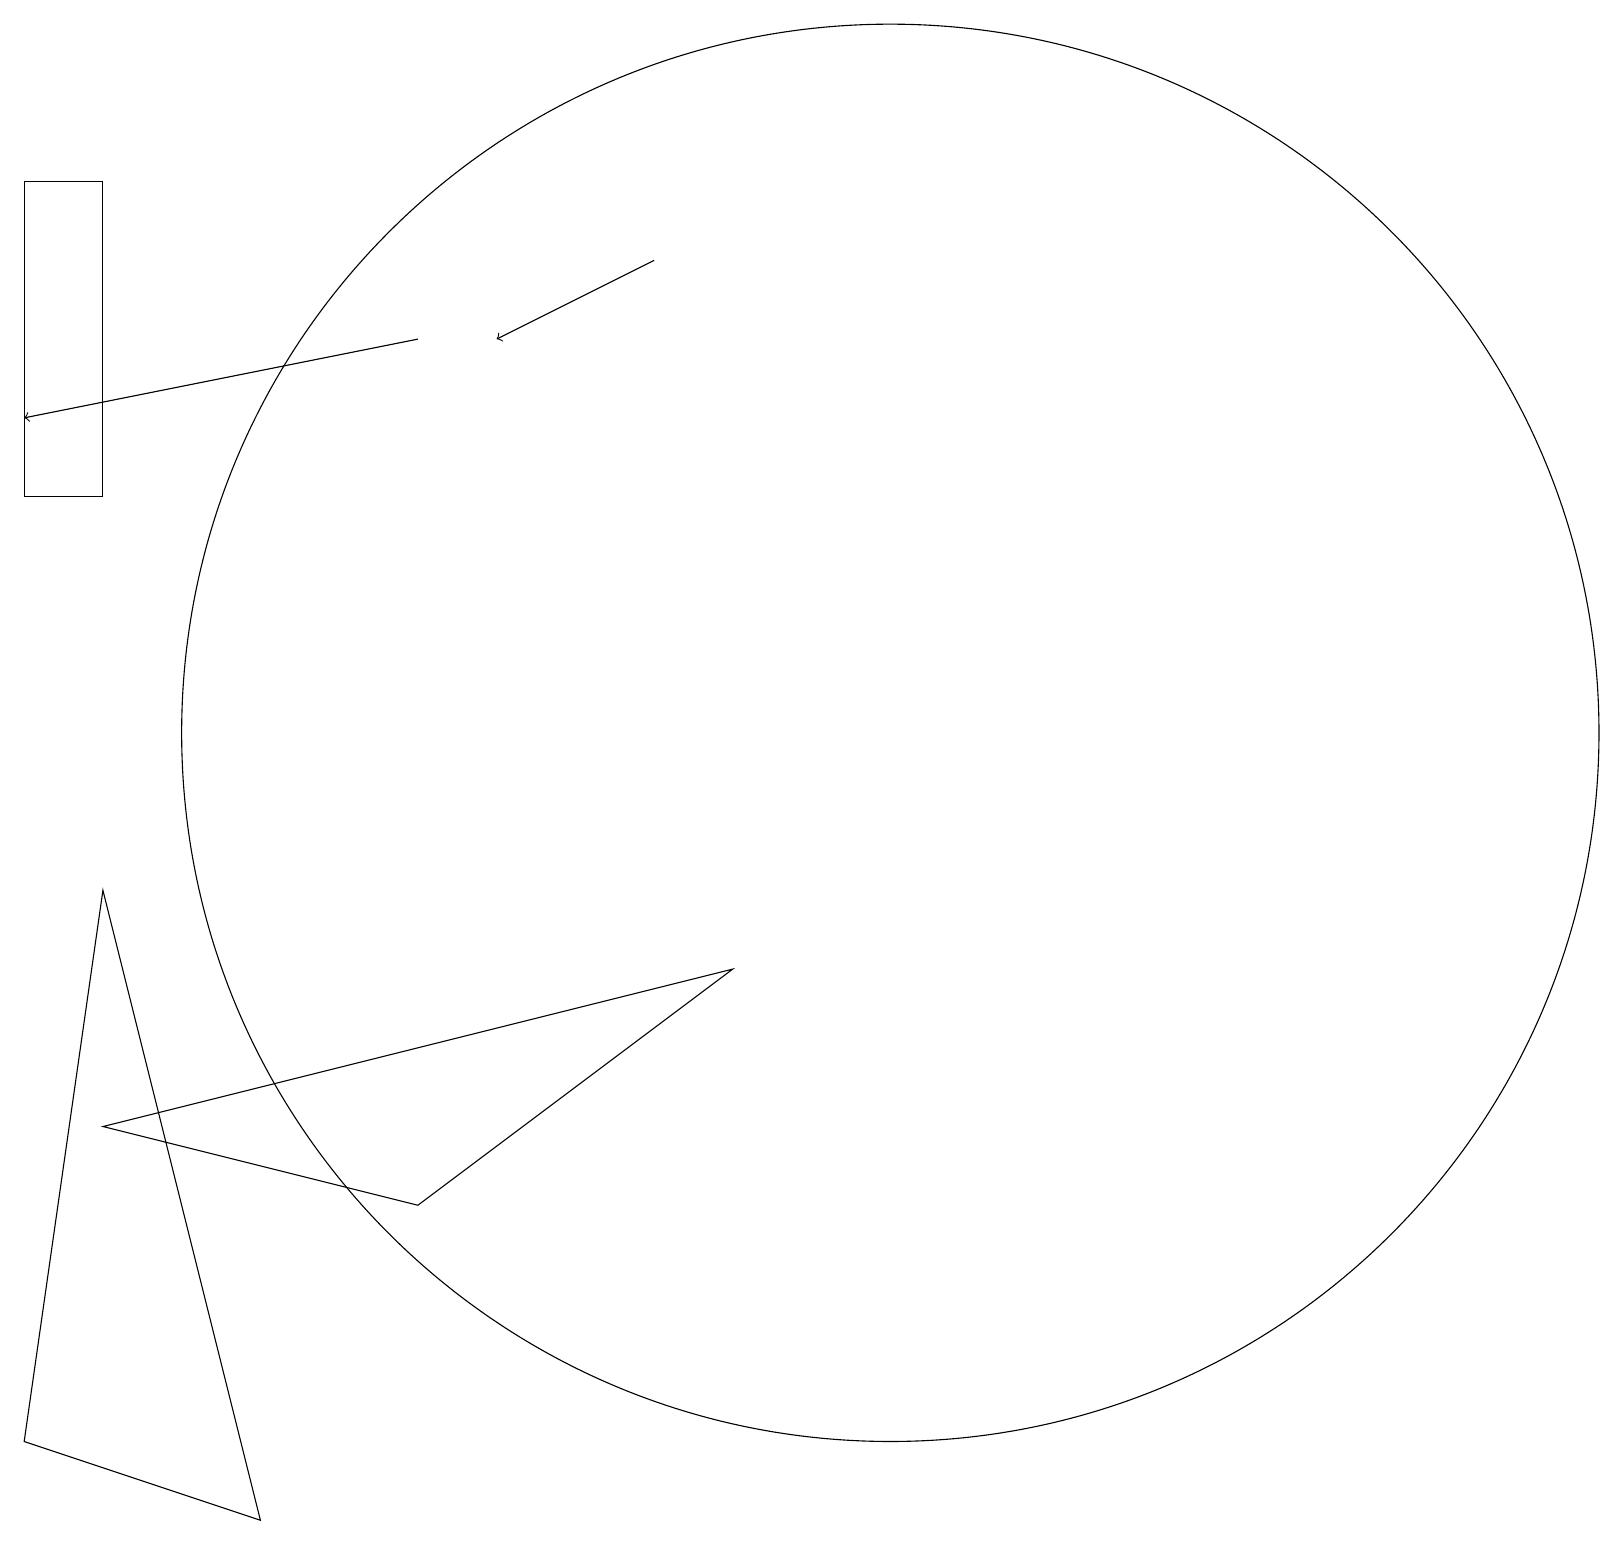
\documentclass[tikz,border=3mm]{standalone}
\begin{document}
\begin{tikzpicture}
\draw[->] (5,16) -- (0,15);
\draw (12,11) circle (0);
\draw (1,9) -- (3,1) -- (0,2) -- cycle;
\draw[->] (8,17) -- (6,16);
\draw (11,11) circle (9);
\draw (1,18) rectangle (0,14);
\draw (1,6) -- (9,8) -- (5,5) -- cycle;
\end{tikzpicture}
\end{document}